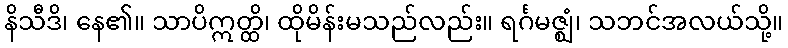
နိသီဒိ၊ နေ၏။ သာပိဣတ္ထိ၊ ထိုမိန်းမသည်လည်း။ ရင်္ဂမဇ္ဈံ၊ သဘင်အလယ်သို့။